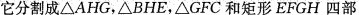
它分割成△AHG，△BHE，△GFC和矩形EFGH四部